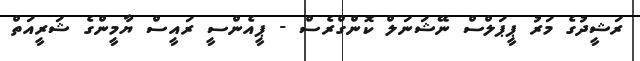
ރަޝީދުގެ މަރު ޕީޕަލްސް ނޭޝަނަލް ކޮންގްރެސް - ޕީއެންސީ ރައީސް ޔާމީންގެ ޝަރީއަތް